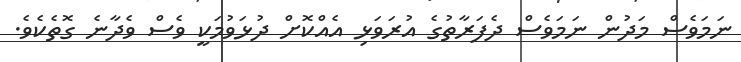
ނަމަވެސް މަދުން ނަމަވެސް ދެފަރާތުގެ އުރަވަޅި އެއްކޮށް ދުޅަވުމަކީ ވެސް ވެދާނެ ގޮތެކެވެ.